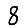
Digit: 8